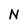
Character: N